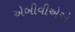
એબીવીએએ